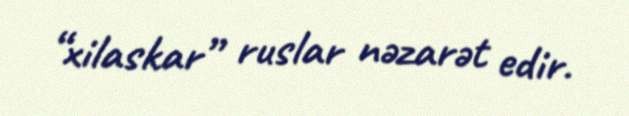
“xilaskar” ruslar nəzarət edir.